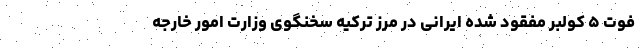
فوت ۵ کولبر مفقود شده‌ ایرانی در مرز ترکیه سخنگوی وزارت امور خارجه